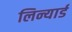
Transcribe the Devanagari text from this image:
लिन्यार्ड